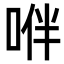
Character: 𠴞